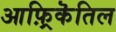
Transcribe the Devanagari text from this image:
आफ़्रिकॆतिल